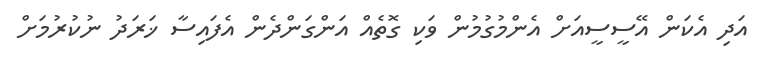
އަދި އެކަން އޭސީސީއަށް އެންމުގުމުން ވަކި ގޮތެއް އަންގަންދެން އެފައިސާ ޚަރަދު ނުކުރުމަށް